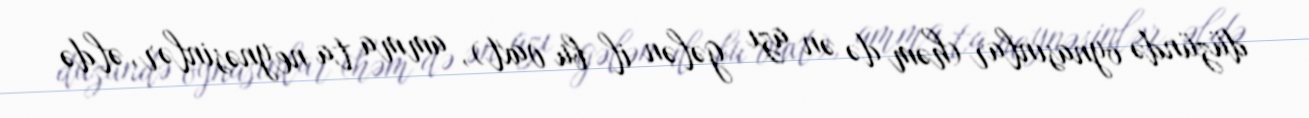
düzündə oynasınlar (həm də ən azı gələn il bu vaxt), amma ta neynəsinlər, əldə